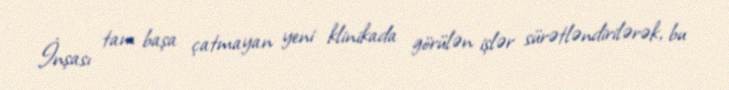
İnşası tam başa çatmayan yeni klinikada görülən işlər sürətləndirilərək, bu